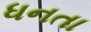
ધનતા